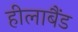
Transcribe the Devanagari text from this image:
हीलाबैंड